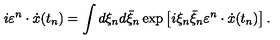
i \varepsilon ^ { n } \cdot \dot { x } ( t _ { n } ) = \int { d \xi _ { n } } d \bar { \xi } _ { n } \exp \left[ { i \xi _ { n } \bar { \xi } _ { n } \varepsilon ^ { n } \cdot \dot { x } ( t _ { n } ) } \right] .